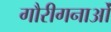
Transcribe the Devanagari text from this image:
गौरीगनाओं